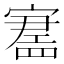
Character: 𪧪